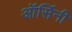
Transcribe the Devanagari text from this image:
ऑर्सिनी